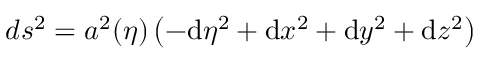
d s ^ { 2 } = a ^ { 2 } ( \eta ) \left( - \mathrm { d } \eta ^ { 2 } + \mathrm { d } x ^ { 2 } + \mathrm { d } y ^ { 2 } + \mathrm { d } z ^ { 2 } \right)